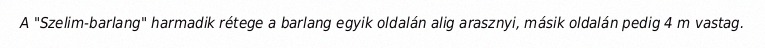
A "Szelim-barlang" harmadik rétege a barlang egyik oldalán alig arasznyi, másik oldalán pedig 4 m vastag.